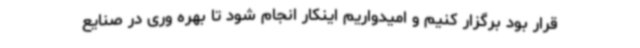
قرار بود برگزار کنیم و امیدواریم اینکار انجام شود تا بهره وری در صنایع